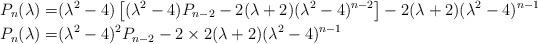
LaTeX: \begin{align*}P_{n}(\lambda)=&(\lambda^2-4)\left[(\lambda^2-4)P_{n-2}-2(\lambda+2)(\lambda^2-4)^{n-2}\right]-2(\lambda+2)(\lambda^2-4)^{n-1}\\P_{n}(\lambda)=&(\lambda^2-4)^2P_{n-2}-2\times 2(\lambda+2)(\lambda^2-4)^{n-1}\end{align*}